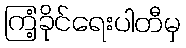
ကြံ့ခိုင်ရေးပါတီမှ